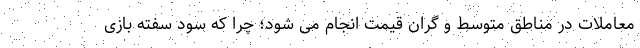
معاملات در مناطق متوسط و گران قیمت انجام می شود؛ چرا که سود سفته بازی